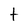
Character: t